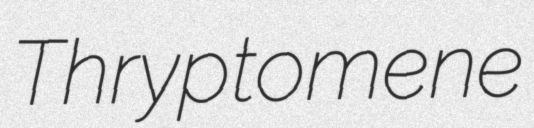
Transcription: Thryptomene